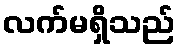
လက်မရှိသည်